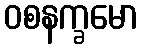
ဝစနက္ခမော